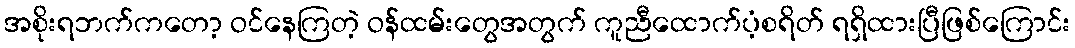
အစိုးရဘက်ကတော့ ဝင်နေကြတဲ့ ဝန်ထမ်းတွေအတွက် ကူညီထောက်ပံ့စရိတ် ရရှိထားပြီဖြစ်ကြောင်း